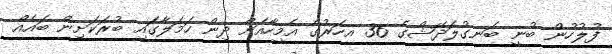
ފުލުހުން ބުނީ ބަނގުލަދޭޝްގެ 36 އހަރުގެ އެމީހާއަށް ދިން ހަމަލާގައި ބުރަކަށިން ބައެއް